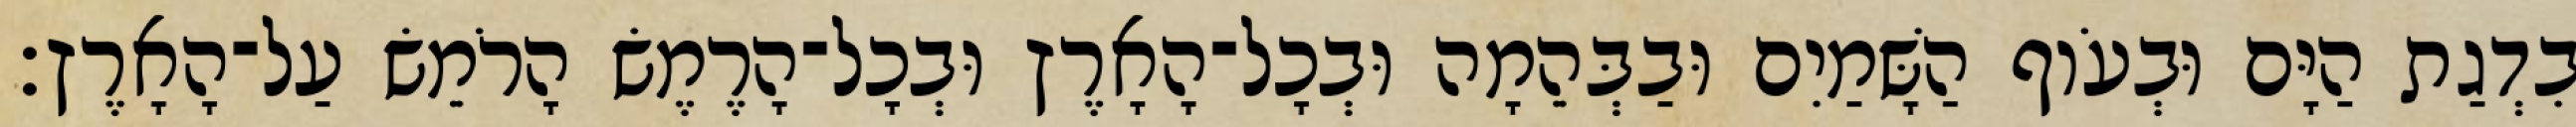
בִדְגַת הַיָּם וּבְעֹוף הַשָּׁמַיִם וּבַבְּהֵמָה וּבְכָל־הָאָרֶץ וּבְכָל־הָרֶמֶשׂ הָרֹמֵשׂ עַל־הָאָרֶץ׃